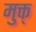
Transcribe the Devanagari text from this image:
मुक्त्